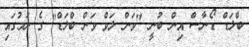
ބްލަޑް ޑޯނާސް އިން ބުނީ "ވަން ލަވް ވަން ބްލަޑް" ގެ ނަމުގައި